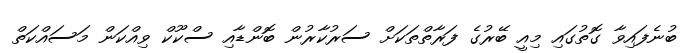
ބުނެފައިވާ ގޮތުގައި މިއީ ބޭރުގެ ފަރާތްތަކަށް ސަރުކާރުން ބޮންޑާއި ސްކޫކް ވިއްކަން މަސައްކަތް